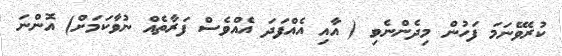
ކުރެވޭނަމަ ފަހުން މިދެންނެވި ( އާއި އެއްފަދަ އެއްވެސް ފަރާތެއް ނުވާކަމަށް) އޮންނަ